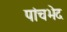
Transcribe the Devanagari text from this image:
पांचभेद